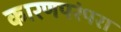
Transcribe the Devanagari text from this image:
कारणपरंपरा